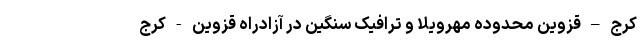
کرج – قزوین محدوده مهرویلا و ترافیک سنگین در آزادراه قزوین - کرج